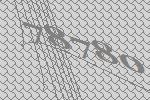
78780